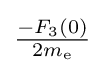
{\tfrac {-F_{3}(0)}{2m_{\rm {e}}}}